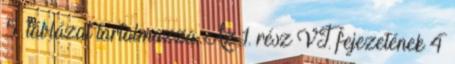
5. táblázat tartalmazza. Az 1. rész VI. fejezetének 4